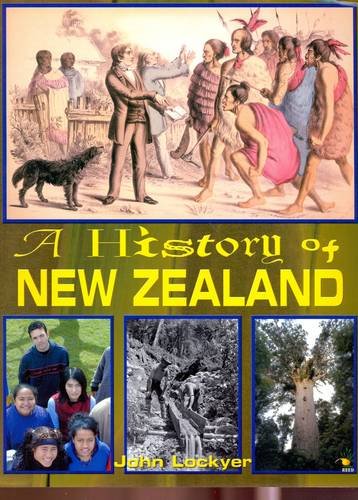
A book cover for A History of New Zealand; John Lockyer; Children's Books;